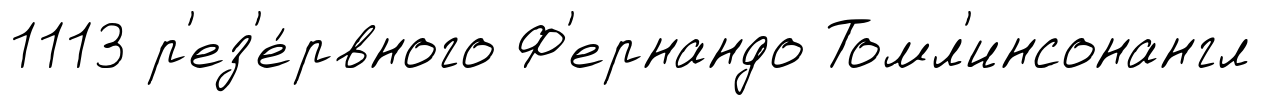
1113 р'ез'е́рвного Ф'ернандо Томл'инсонангл